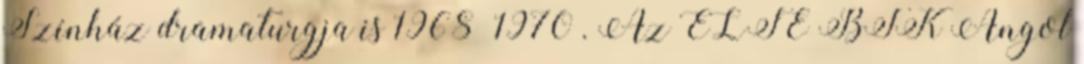
Színház dramaturgja is 1968–1970 . Az ELTE BTK Angol